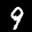
Label: 9